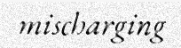
mischarging